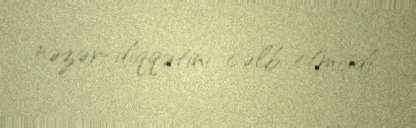
nəzər-diqqətini cəlb etmişdi.